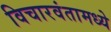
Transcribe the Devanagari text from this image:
विचारवंतामध्ये